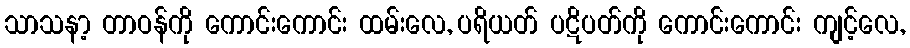
သာသနာ့ တာဝန်ကို ကောင်းကောင်း ထမ်းလေ, ပရိယတ် ပဋိပတ်ကို ကောင်းကောင်း ကျင့်လေ,